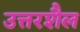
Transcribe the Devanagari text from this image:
उत्तरशैल